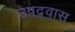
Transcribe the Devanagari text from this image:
उपद्रवास